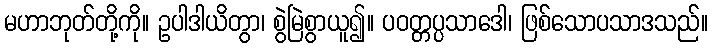
မဟာဘုတ်တို့ကို။ ဥပါဒါယိတွာ၊ စွဲမြဲစွာယူ၍။ ပဝတ္တပ္ပသာဒေါ၊ ဖြစ်သောပသာဒသည်။